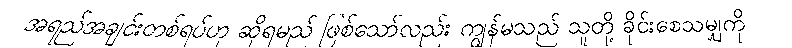
အရည်အချင်းတစ်ရပ်ဟု ဆိုရမည် ဖြစ်သော်လည်း ကျွန်မသည် သူတို့ ခိုင်းစေသမျှကို